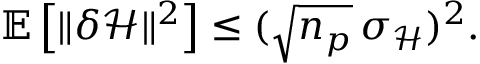
\mathbb { E } \left[ \lVert \delta \mathcal { H } \rVert ^ { 2 } \right] \leq ( \sqrt { n _ { p } } \, \sigma _ { \mathcal { H } } ) ^ { 2 } .